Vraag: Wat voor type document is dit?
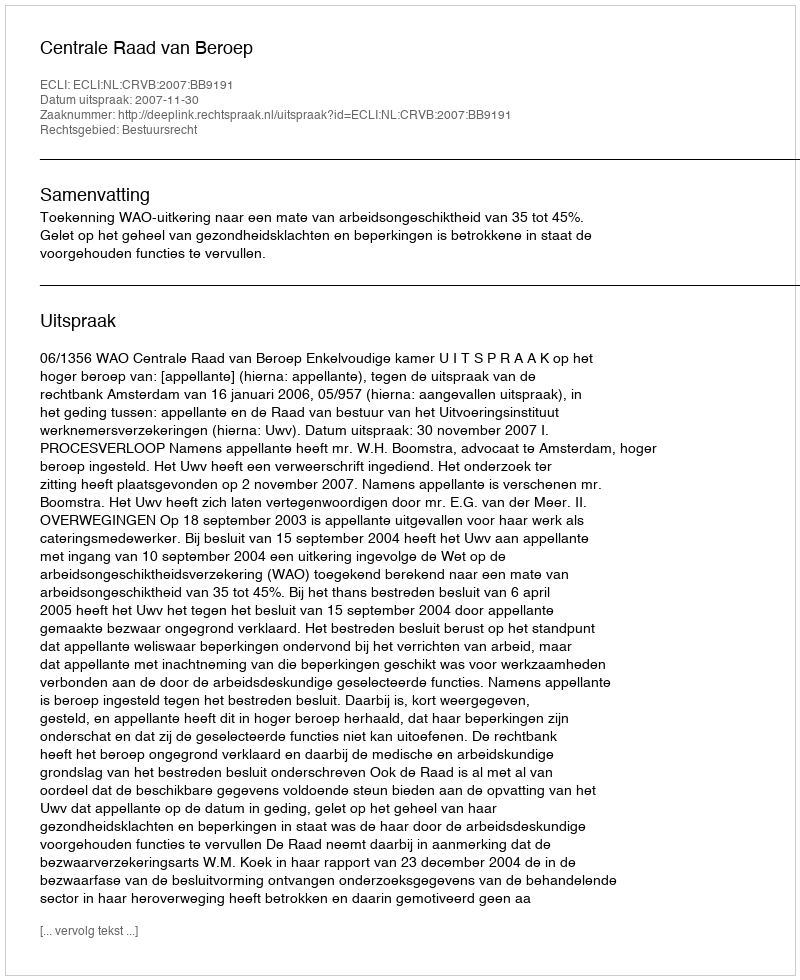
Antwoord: Uitspraak